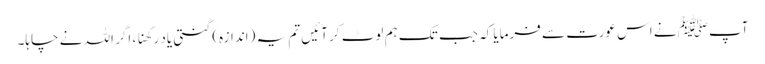
آپﷺ نے اس عورت سے فرمایا کہ جب تک ہم لوٹ کر آئیں تم یہ (اندازہ) گنتی یاد رکھنا ، اگر اللہ نے چاہا۔